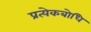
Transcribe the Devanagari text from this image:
प्रत्येकबोधि